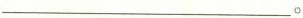
___。